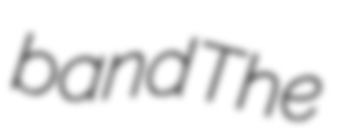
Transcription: band The